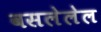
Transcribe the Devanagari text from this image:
वसलेलेल